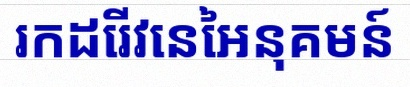
រកដេរីវេនៃអនុគមន៍